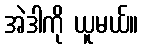
အဲဒါကို ယူမယ်။